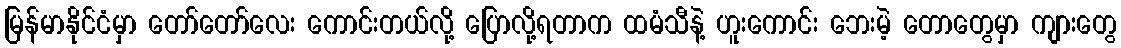
မြန်မာနိုင်ငံမှာ တော်တော်လေး ကောင်းတယ်လို့ ပြောလို့ရတာက ထမံသီနဲ့ ဟူးကောင်း ဘေးမဲ့ တောတွေမှာ ကျားတွေ